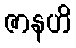
ဇာနဟိ